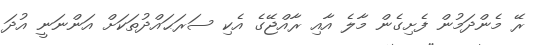
ރޭ މެންދަމުން ފެށިގެން މާލެ އާއި ރާއްޖޭގެ އެކި ސަރަޙައްދުތަކަށް އަންނަނީ އުދަ